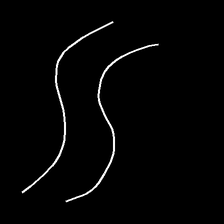
Glyph: float